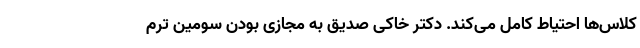
کلاس‌ها احتیاط کامل می‌کند. دکتر خاکی صدیق به مجازی بودن سومین ترم